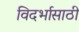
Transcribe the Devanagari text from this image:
विदर्भासाठी